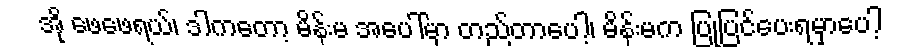
အို ဖေဖေရယ်၊ ဒါကတော့ မိန်းမ အပေါ်မှာ တည်တာပေါ့၊ မိန်းမက ပြုပြင်ပေးရမှာပေါ့